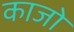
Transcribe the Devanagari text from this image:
काजो